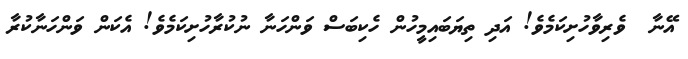
އޭނާ  ވެރިވާހުށިކަމެވެ! އަދި ތިޔަބައިމީހުން ހެކިބަސް ވަންހަނާ ނުކުރާހުށިކަމެވެ! އެކަން ވަންހަނާކުރާ